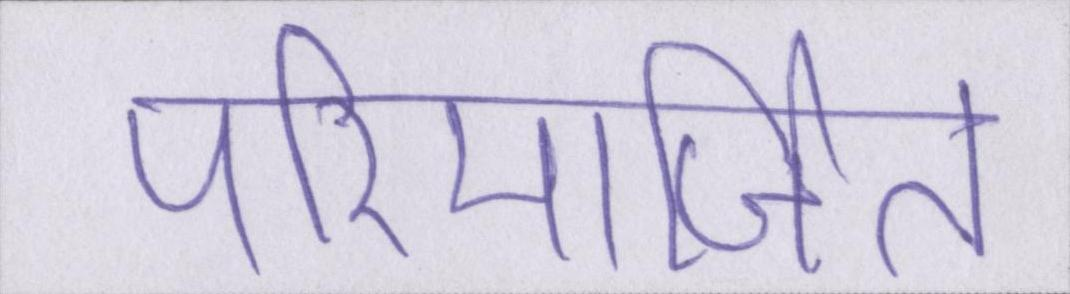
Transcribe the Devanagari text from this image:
परिमार्जित